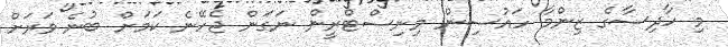
މި ހާދިސާގެ ޒިންމާ ހައުސިން މިނިސްޓްރީން ނަގަން ޖެހޭނެ ކަމަށް ބުނެ ވަރަށް